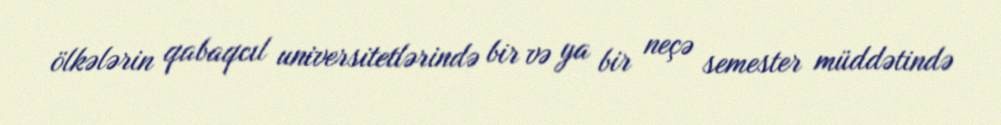
ölkələrin qabaqcıl universitetlərində bir və ya bir neçə semester müddətində